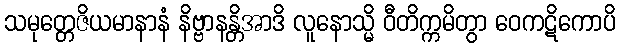
သမုတ္တေဇိယမာနာနံ နိဗ္ဗာနန္တိအာဒိ လူနောသ္မိ ဝီတိက္ကမိတွာ ဝေကဋိကောပိ